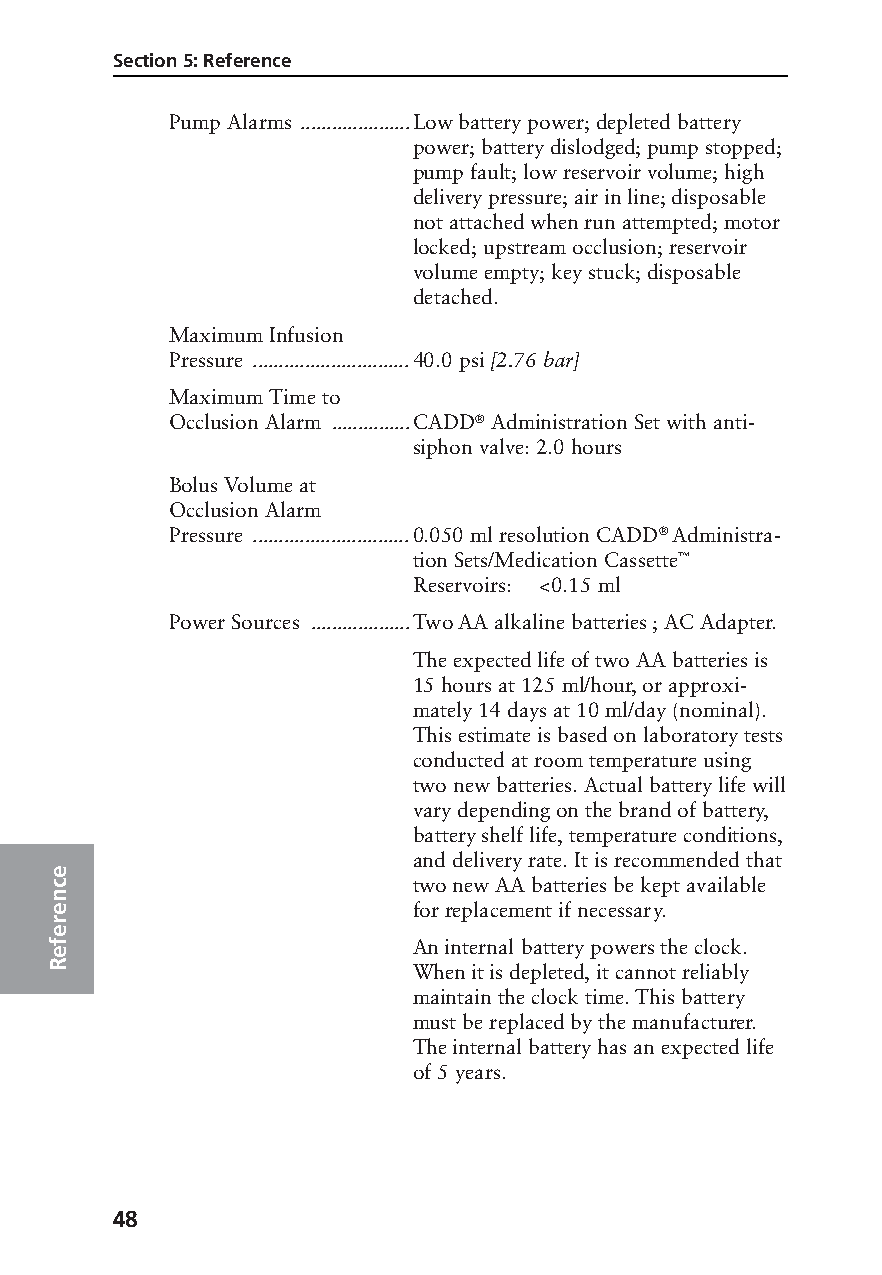
Section 5: Reference
 Pump Alarms .....................Low battery power; depleted battery
 power; battery dislodged; pump stopped;
 pump fault; low reservoir volume; high
 delivery pressure; air in line; disposable
 not attached when run attempted; motor
 locked; upstream occlusion; reservoir
 volume empty; key stuck; disposable
 detached.
 Maximum Infusion
 Pressure ..............................40.0 psi [2.76 bar]
 Maximum Time to
 Occlusion Alarm ...............CADD® Administration Set with anti-
 siphon valve: 2.0 hours
 Bolus Volume at
 Occlusion Alarm
 Pressure ..............................0.050 ml resolution CADD® Administra-
 tion Sets/Medication Cassette™
 Reservoirs: <0.15 ml
 Power Sources ...................Two AA alkaline batteries ; AC Adapter.
 The expected life of two AA batteries is
 15 hours at 125 ml/hour, or approxi-
 mately 14 days at 10 ml/day (nominal).
 This estimate is based on laboratory tests
 conducted at room temperature using
 two new batteries. Actual battery life will
 vary depending on the brand of battery,
 battery shelf life, temperature conditions,
 and delivery rate. It is recommended that
 e
 c                       two new AA batteries be kept available
 n
 e                       for replacement if necessary.
 r
 e
 ef                      An internal battery powers the clock.
 R
 When it is depleted, it cannot reliably
 maintain the clock time. This battery
 must be replaced by the manufacturer.
 The internal battery has an expected life
 of 5 years.
 48
 PROOF (LR #3086), 2000-03-16 «3935-51D Manual, Legacy 1»